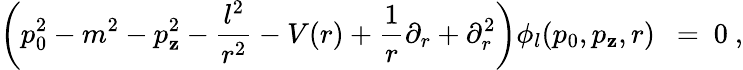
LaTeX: \left(p_{0}^{2}-m^{2}-p_{\mathbf{z}}^{2}-\frac{{l^{2}}}{{r^{2}}}-V(r)+\frac{1}{r}\partial_{r}+\partial_{r}^{2}\right)\phi_{l}(p_{0},p_{\mathbf{z}},r)\ \ =\ 0\ ,